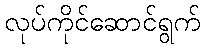
လုပ်ကိုင်ဆောင်ရွက်